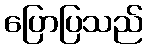
ပြောပြသည်